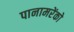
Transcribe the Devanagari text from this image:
पानामरेंको